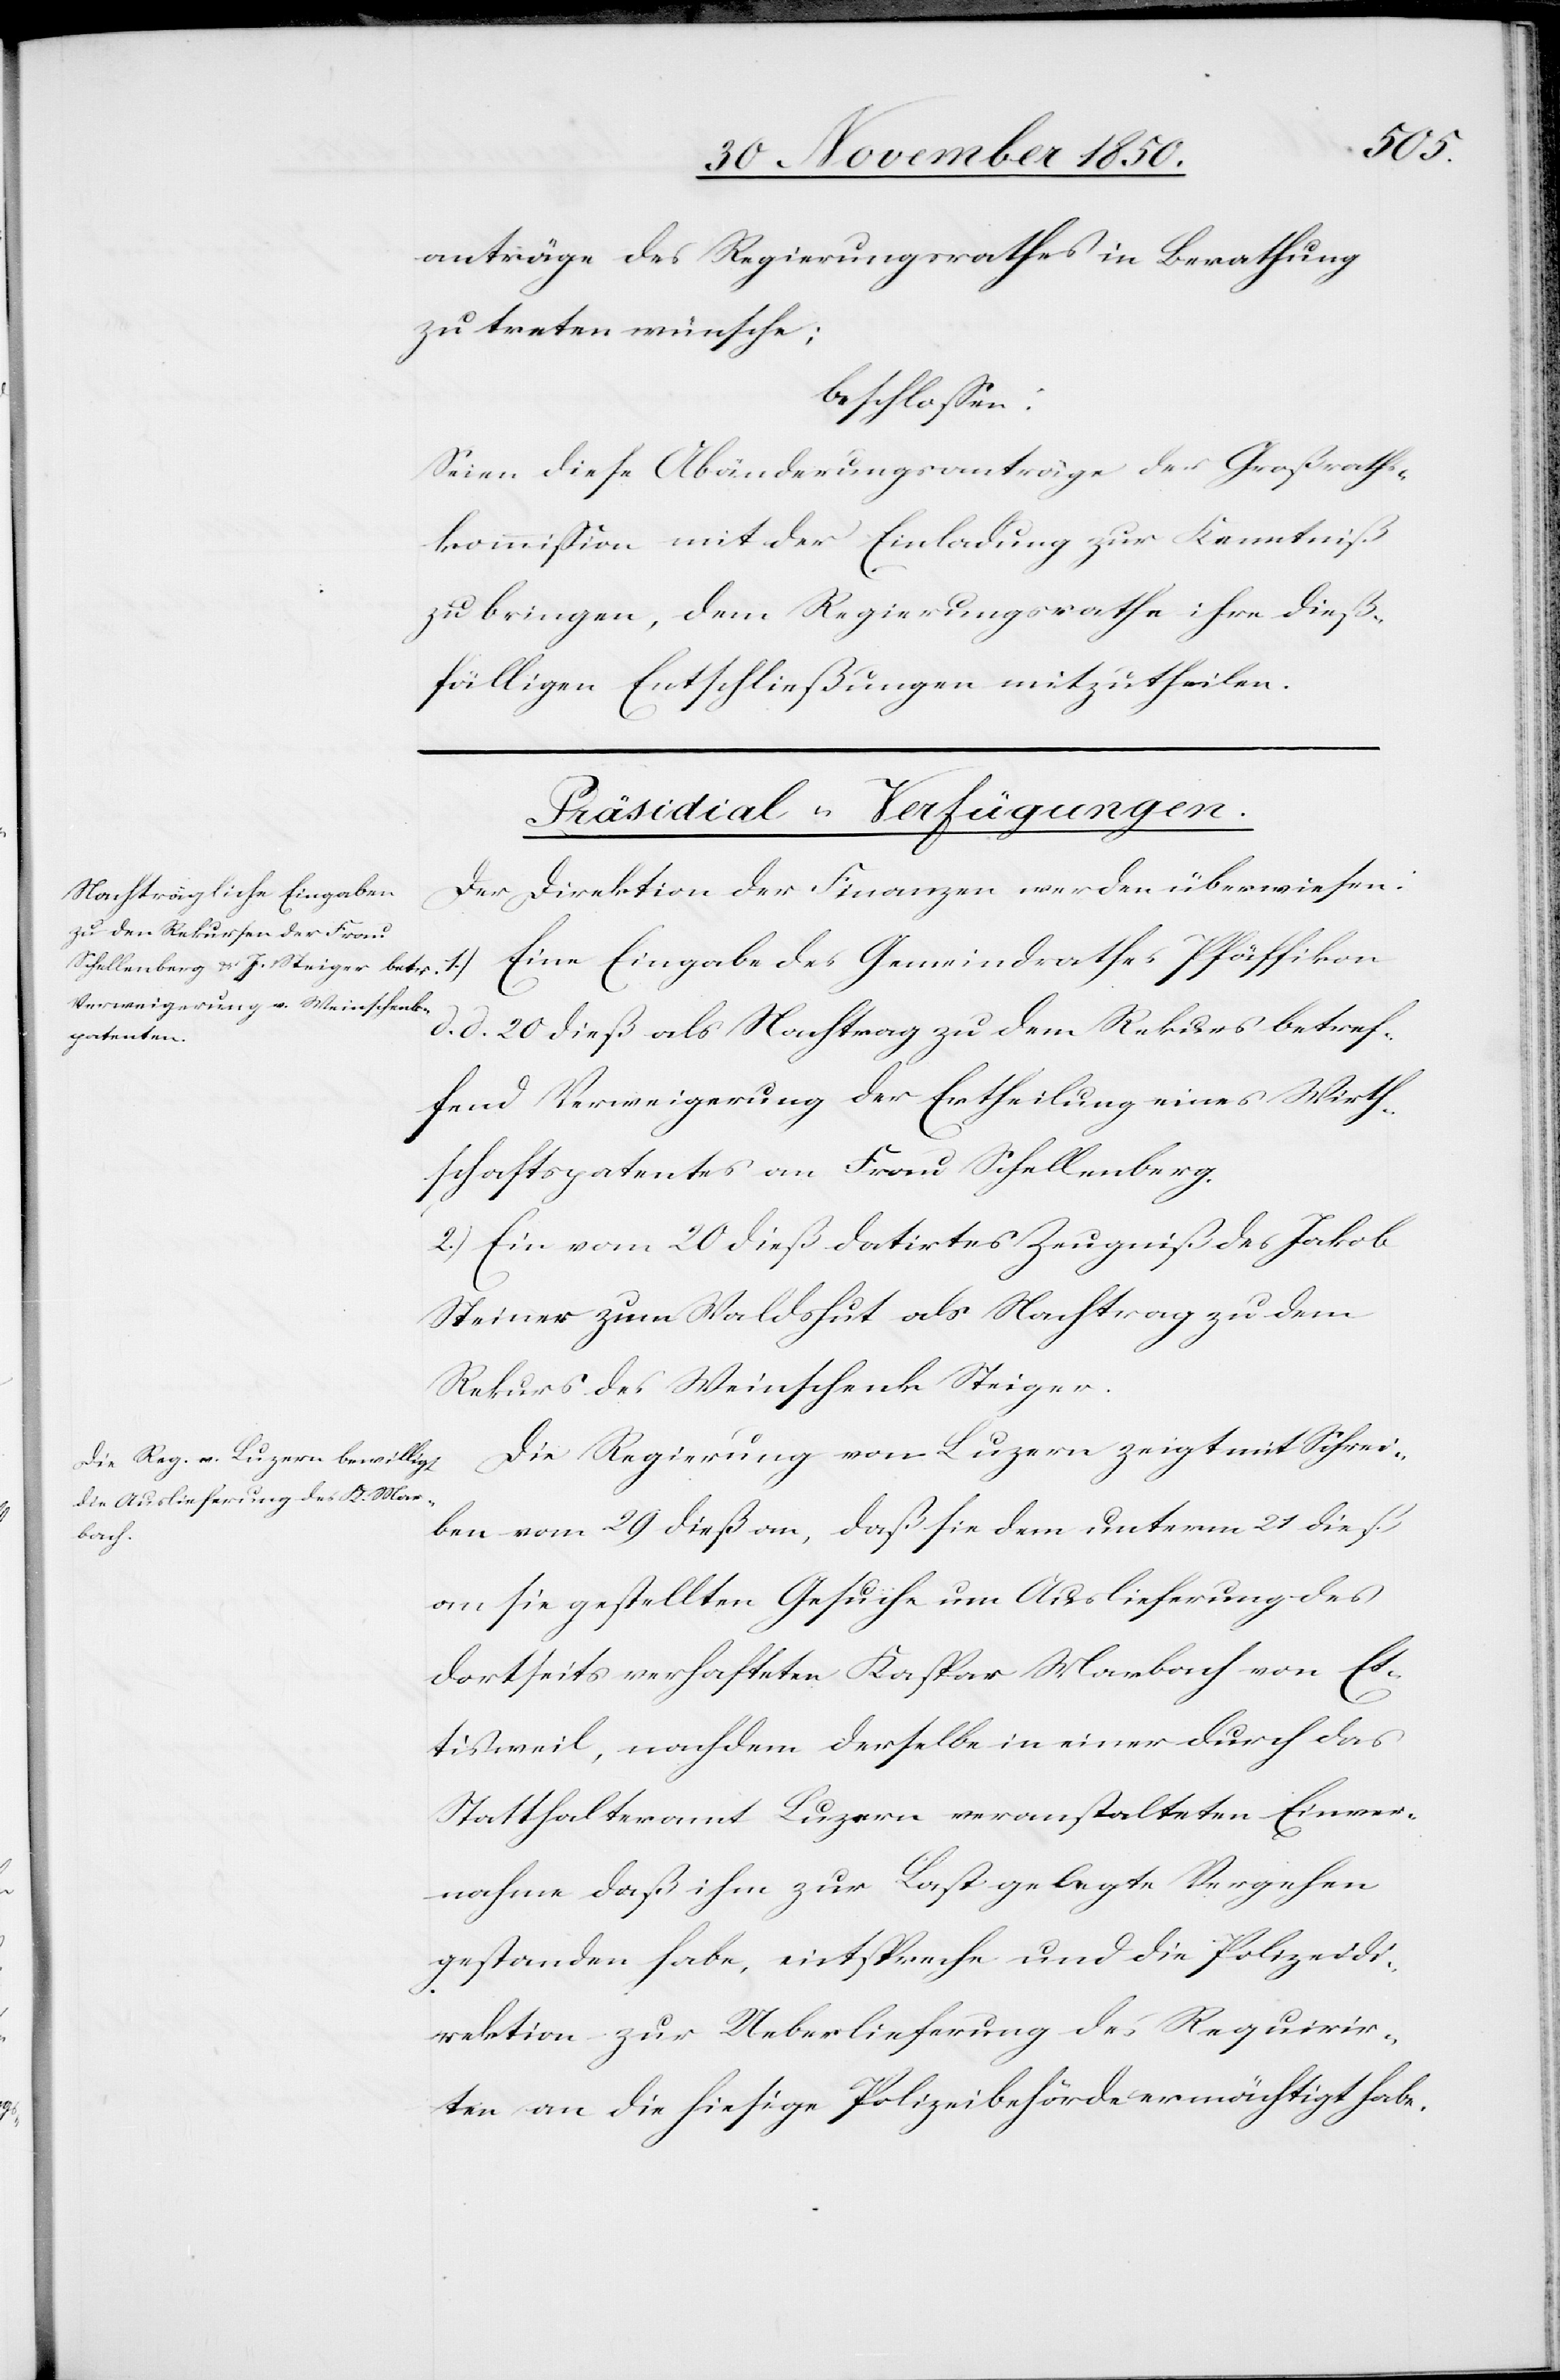
den
30 November 1850.]]
anträge des Regierungsrathes in Berathung
zu treten wünsche;
beschlossen:
Seien diese Abänderungsanträge der Großraths¬
kommission mit der Einladung zur Kenntniß
zu bringen, dem Regierungsrathe ihre dieß¬
fälligen Entschließungen mitzutheilen.
[Präsidial-Verfügungen.
Der Direktion der Finanzen werden überwiesen:
Eine Eingabe des Gemeindrathes Pfäffikon
d. d. 20 dieß als Nachtrag zu dem Rekurs betref¬
fend Verweigerung der Ertheilung eines Wirth¬
schaftspatentes an Frau Schellenberg.
2.) Ein vom 20 dieß datirtes Zeugniß des Jakob
Steiner zum Waldshut als Nachtrag zu dem
Rekurs des Weinschenk Steiger
Die Regierung von Luzern zeigt mit Schrei¬
ben vom 29 dieß an, daß sie dem unterm 21 dieß
an sie gestellten Gesuche um Auslieferung des
dortseits verhafteten Kaspar Marbach von Et¬
tisweil, nachdem derselbe in einer durch das
Statthalteramt Luzern veranstalteten Einver¬
nahme daß [sic!] ihm zur Last gelegte Vergehen
gestanden habe, entspreche und die Polizeidi¬
rektion zur Ueberlieferung des Requirir¬
ten an die hiesige Polizeibehörde ermächtigt habe.